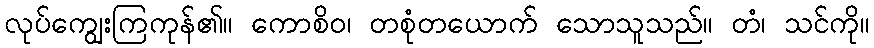
လုပ်ကျွေးကြကုန်၏။ ကောစိဝ၊ တစုံတယောက် သောသူသည်။ တံ၊ သင်ကို။